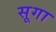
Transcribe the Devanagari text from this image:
सूगा